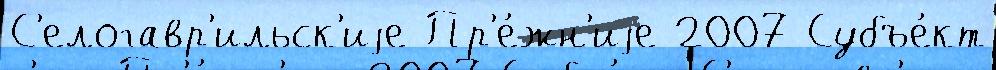
С'елогавр'ильск'иjе Пр'е́жн'иjе 2007 Субъе́кт